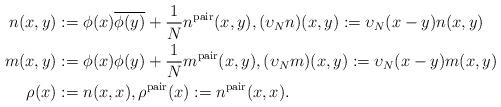
LaTeX: \begin{align*}n(x,y) &:= \phi(x)\overline{\phi(y)} + \frac{1}{N}n^\mathrm{pair}(x,y),(\upsilon_N n)(x,y):=\upsilon_N(x-y)n(x,y)\\m(x,y) &:= \phi(x)\phi(y) + \frac{1}{N}m^\mathrm{pair}(x,y), (\upsilon_N m)(x,y):=\upsilon_N(x-y)m(x,y)\\ \rho(x) &:= n(x,x), \rho^\mathrm{pair}(x) := n^\mathrm{pair}(x,x).\end{align*}